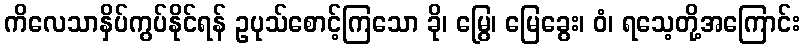
ကိလေသာနှိပ်ကွပ်နိုင်ရန် ဥပုသ်စောင့်ကြသော ခို၊ မြွေ၊ မြေခွေး၊ ဝံ၊ ရသေ့တို့အကြောင်း